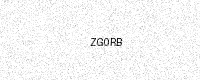
Text: ZG0RB